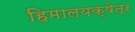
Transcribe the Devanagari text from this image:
हिमालयक्षेत्र